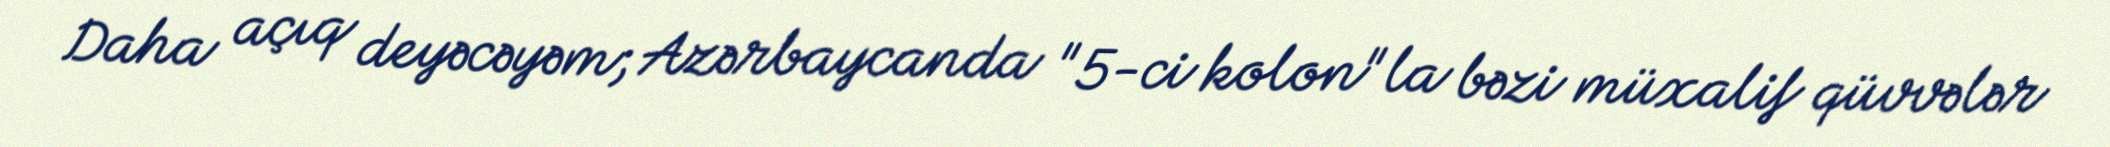
Daha açıq deyəcəyəm; Azərbaycanda "5-ci kolon"la bəzi müxalif qüvvələr